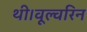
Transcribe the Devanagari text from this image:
थी।वूल्वरिन